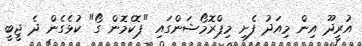
އުރީދޫ އިން މިއަދު ފެށި މިޕްރޮމޯޝަންގައި "ޕޮކެމޮން ގޯ" ކުޅެގެން ދެ ޖީބީ